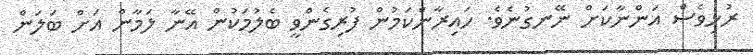
ރުޅިވެސް އަންނާކަށް ނޭނގުނެވެ. ހައިރާންކަމުން ފުރިގެންވީ ބެލުމަކުން އޭނާ ލަމާން އަށް ބަލަން